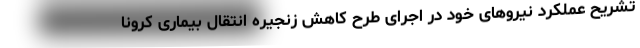
تشریح عملکرد نیروهای خود در اجرای طرح کاهش زنجیره انتقال بیماری کرونا